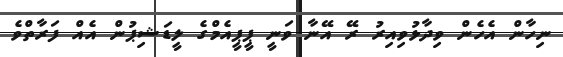
ނިހާން އެހެން ވިދާޅުވިއިރު ރޭ އޭނާ ވަނީ ޕީޕީއެމްގެ ލީޑަޝިޕުން އެއް ފަރާތްވެ